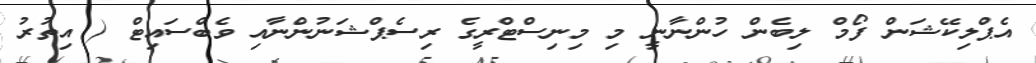
އެޕްލިކޭޝަން ފޯމް ލިބެން ހުންނާނީ މި މިނިސްޓްރީގެ ރިސެޕްޝަނުންނާއި ވެބްސައިޓް ( އިތުރު